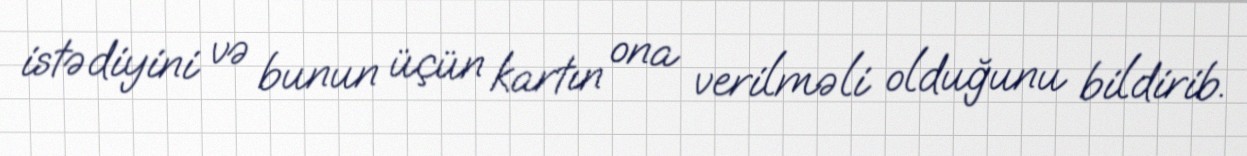
istədiyini və bunun üçün kartın ona verilməli olduğunu bildirib.